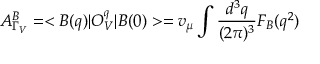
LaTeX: A _ { \Gamma _ { V } } ^ { B } = < B ( q ) | O _ { V } ^ { q } | B ( 0 ) > = v _ { \mu } \int { \frac { d ^ { 3 } q } { ( 2 \pi ) ^ { 3 } } } F _ { B } ( q ^ { 2 } )